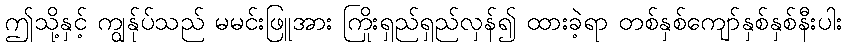
ဤသို့နှင့် ကျွန်ုပ်သည် မမင်းဖြူအား ကြိုးရှည်ရှည်လှန်၍ ထားခဲ့ရာ တစ်နှစ်ကျော်နှစ်နှစ်နီးပါး